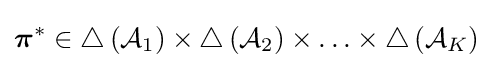
{\boldsymbol {\pi }}^{*}\in \triangle \left({\mathcal {A}}_{1}\right)\times \triangle \left({\mathcal {A}}_{2}\right)\times \ldots \times \triangle \left({\mathcal {A}}_{K}\right)